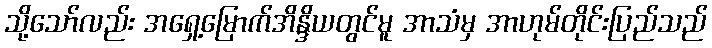
သို့သော်လည်း အရှေ့မြောက်အိန္ဒိယတွင်မူ အာသံမှ အာဟုမ်တိုင်းပြည်သည်